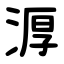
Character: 㴟